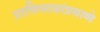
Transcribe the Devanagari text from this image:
प्राणिमात्रांप्रमाणे